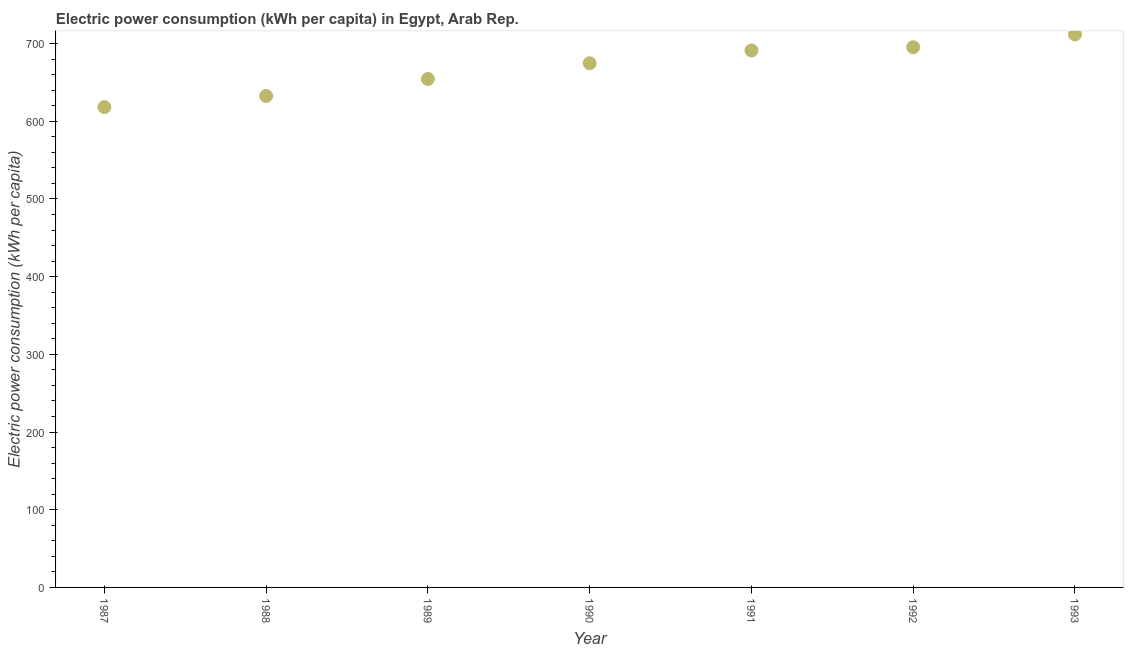
| Year | Electric power consumption |
 | --- | --- |
 | 1987 | 618 |
 | 1988 | 633 |
 | 1989 | 654 |
 | 1990 | 675 |
 | 1991 | 691 |
 | 1992 | 695 |
 | 1993 | 712 |